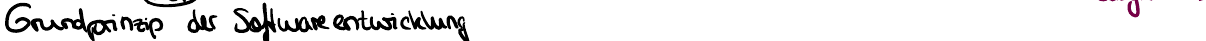
Grundprinzip der Softwareentwicklung